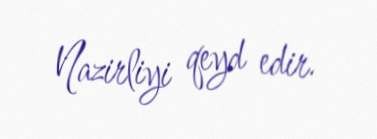
Nazirliyi qeyd edir.